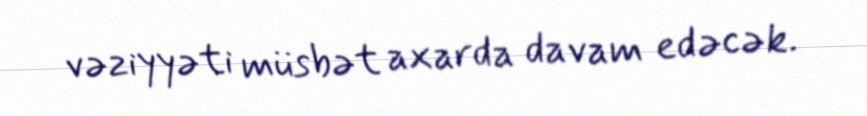
vəziyyəti müsbət axarda davam edəcək.